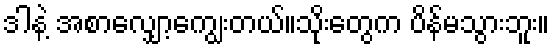
ဒါနဲ့ အစာလျှော့ကျွေးတယ်။သိုးတွေက ပိန်မသွားဘူး။